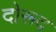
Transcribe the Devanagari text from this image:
दोरूद